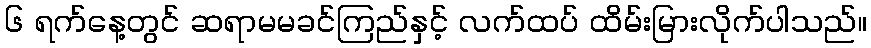
၆ ရက်နေ့တွင် ဆရာမမခင်ကြည်နှင့် လက်ထပ် ထိမ်းမြားလိုက်ပါသည်။